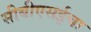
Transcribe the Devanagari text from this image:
सीबीएसईचा